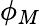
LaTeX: \phi_{M}